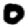
Digit: 0